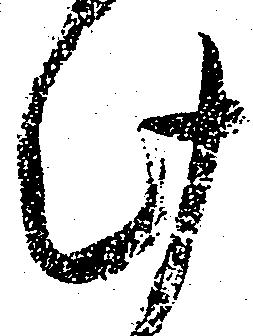
此